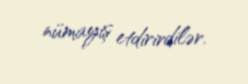
nümayiş etdirirdilər.